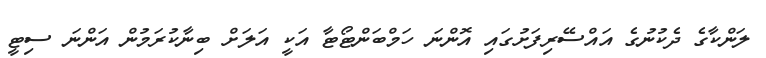
ލަންކާގެ ދެކުނުގެ އައްސޭރިފަށުގައި އޮންނަ ހަމްބަންޓޯޓާ އަކީ އަލަށް ބިނާކުރަމުން އަންނަ ސިޓީ